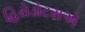
હિરોડોટસએ